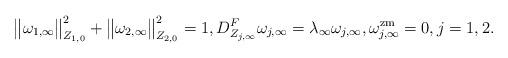
LaTeX: \begin{align*}\big\lVert\omega_{1,\infty}\big\rVert^2_{Z_{1,0}} +\big\lVert\omega_{2,\infty}\big\rVert^2_{Z_{2,0}} = 1, D^F_{Z_{j,\infty}}\omega_{j,\infty} = \lambda_\infty\omega_{j,\infty}, \omega_{j,\infty}^\mathrm{zm} = 0, j=1,2.\end{align*}